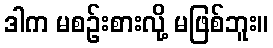
ဒါက မစဉ်းစားလို့ မဖြစ်ဘူး။